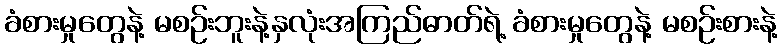
ခံစားမှုတွေနဲ့ မစဉ်းဘူးနဲ့နှလုံးအကြည်ဓာတ်ရဲ့ ခံစားမှုတွေနဲ့ မစဉ်းစားနဲ့